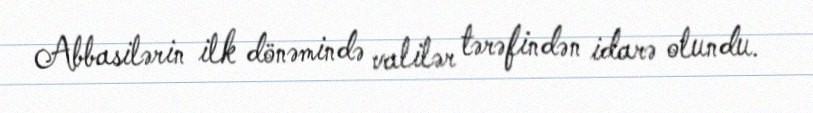
Abbasilərin ilk dönəmində valilər tərəfindən idarə olundu.